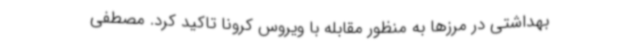
بهداشتی در مرزها به منظور مقابله با ویروس کرونا تاکید کرد. مصطفی